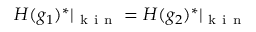
H ( g _ { 1 } ) ^ { * } \vert _ { \mathrm { ~ k ~ i ~ n ~ } } = H ( g _ { 2 } ) ^ { * } \vert _ { \mathrm { ~ k ~ i ~ n ~ } }